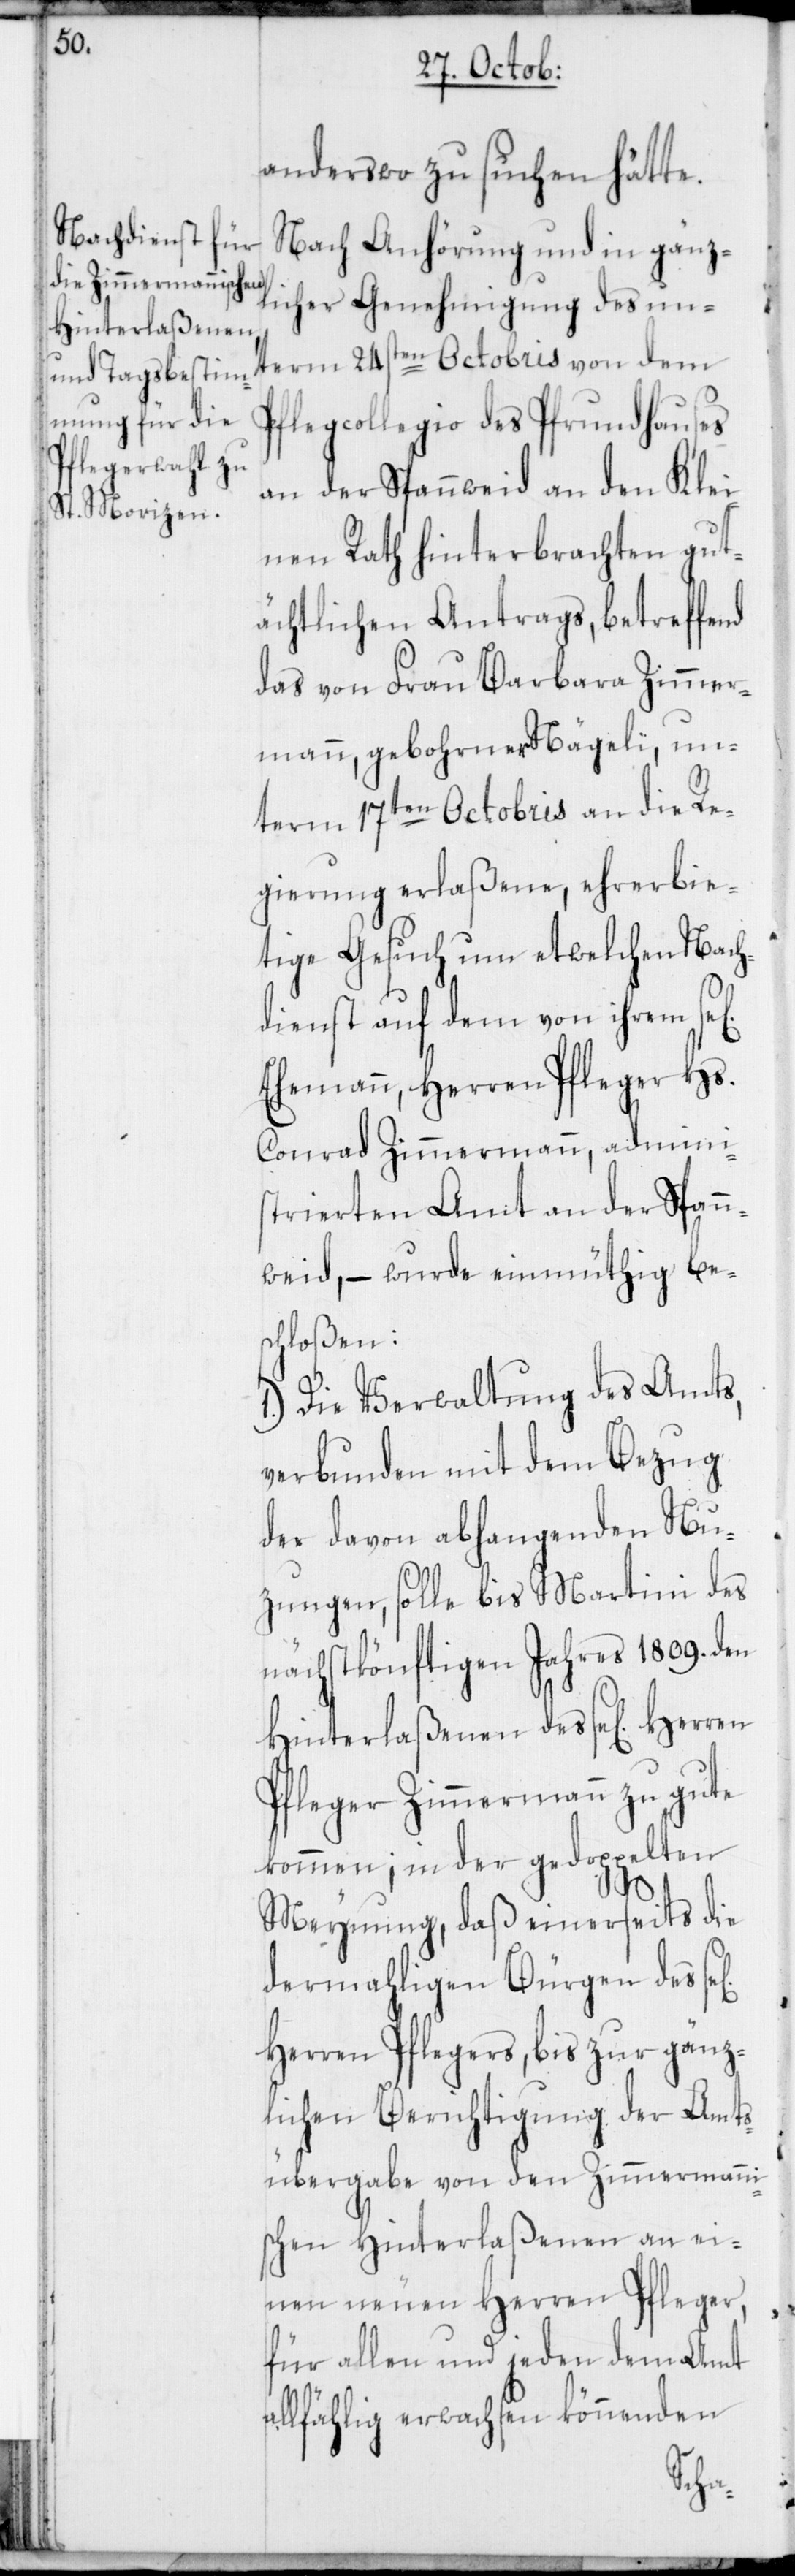
anderswo zu suchen hätte.
Nach Anhörung und in gänz¬
licher Genehmigung des un¬
Hinterlaßenen
term 24sten Octobris von dem
Pflegcollegio des Pfrundhauses
an der Spannweid an den Klei¬
nen Rath hinterbrachten gut¬
ächtlichen Antrags, betreffend
das von Frau Barbara Zimmer¬
mann, gebohrner Nägeli, un¬
term 17ten Octobris an die Re¬
gierung erlaßene, ehrerbie¬
tige Gesuch um etwelchen Nach¬
dienst auf den von ihrem se[l¬
Ehemann, Herren Pfleger Hs.
Conrad Zimmermann, admini¬
strierten Amt an der Spann¬
weid, – wurde einmüthig be¬
schloßen:
1.) Die Verwaltung des Amts,
verbunden mit dem Bezug
der davon abhangenden Nu¬
zungen, solle bis Martini des
nächstkönftigen Jahres 1809. den
Pfleger Zimmermann zu gute
kommen; in der gedoppelten
Meynung, daß einerseits die
dermahligen Bürgen des
Herren Pflegers, bis zur gänz¬
lichen Berichtigung der Amts¬
übergabe von den Zimmermanni¬
schen Hinterlaßenen an ei¬
nen neuen Herren Pfleger,
für allen und jeden dem Amt
allfählig erwachsen könnenden
igen]